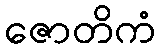
ဇောတိကံ